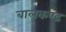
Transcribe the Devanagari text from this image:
बालकण्ड